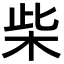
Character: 柴